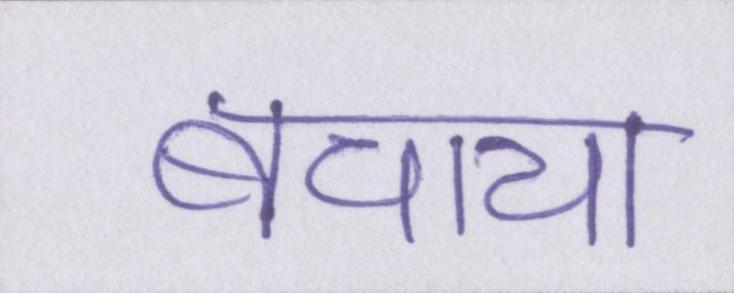
बचाया